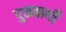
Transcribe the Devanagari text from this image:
पुरूतार्थी